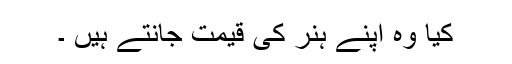
کیا وہ اپنے ہنر کی قیمت جانتے ہیں ۔